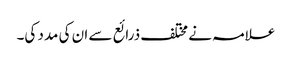
علامہ نے مختلف ذرائع سے ان کی مدد کی۔